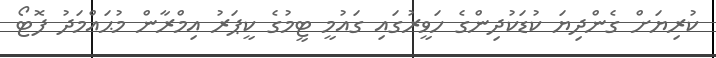
ކުރިޔަށް ގެންދިޔަ ކުޑަކުދިންގެ ހަވީރުގައި ގައުމީ ޓީމުގެ ކީޕަރު އިމްރާން މުޙައްމަދު ފޮޓޯ